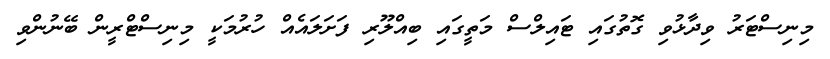
މިނިސްޓަރު ވިދާޅުވި ގޮތުގައި ޓައިލްސް މަތީގައި ބިއްލޫރި ފަށަލައެއް ހުރުމަކީ މިނިސްޓްރީން ބޭނުންވި